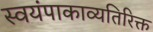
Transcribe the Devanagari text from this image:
स्वयंपाकाव्यतिरिक्त